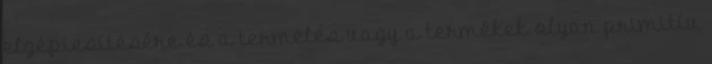
elgépiesítésére és a termelés vagy a termékek olyan primitív